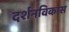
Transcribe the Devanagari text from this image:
दर्शनविकास